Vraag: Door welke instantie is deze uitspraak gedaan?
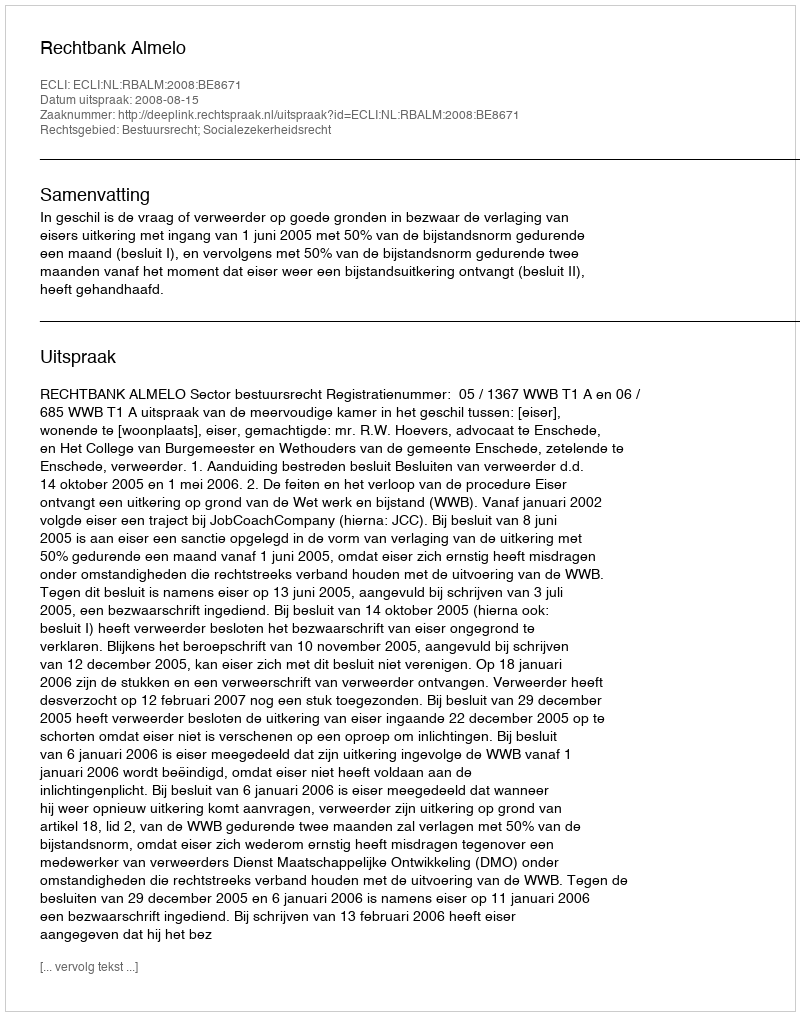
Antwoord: Rechtbank Almelo